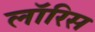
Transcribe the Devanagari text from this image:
लॉरिस